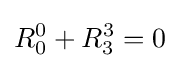
R_{0}^{0}+R_{3}^{3}=0